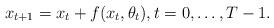
LaTeX: \begin{align*} x_{t+1} = x_{t} + f(x_{t}, \theta_{t}), t=0,\dots,T-1. \end{align*}